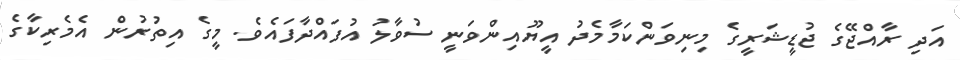
އަދި ރާއްޖޭގެ ޖުޑީޝަރީގެ މިނިވަންކަމާމެދު އީޔޫއިންވަނީ ސުވާލު އުފައްދާފައެވެ. މީގެ އިތުރުން އެމެރިކާގެ